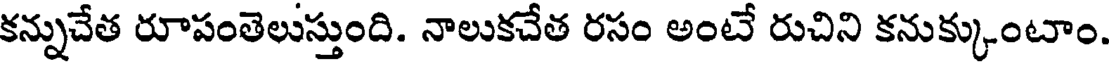
కన్నుచేత రూపంతెలుస్తుంది. నాలుకచేత రసం అంటే రుచిని కనుక్కుంటాం.